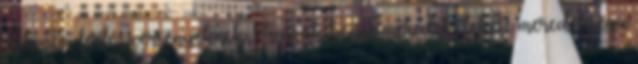
otthont a férfi síversenyeknek. Vannak benne meredek, fekete meredekségű